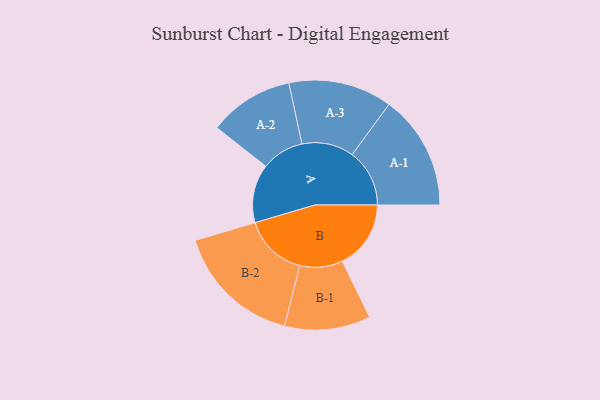
{"axis": {"x": "Segment", "y": "Value"}, "legend": ["", "A", "B"], "data": [{"x": "A", "y": 274, "type": ""}, {"x": "B", "y": 321, "type": ""}, {"x": "A-1", "y": 269, "type": "A"}, {"x": "A-2", "y": 199, "type": "A"}, {"x": "A-3", "y": 243, "type": "A"}, {"x": "B-1", "y": 201, "type": "B"}, {"x": "B-2", "y": 298, "type": "B"}]}